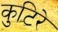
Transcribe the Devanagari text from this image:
कुटिरे